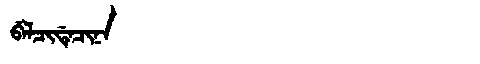
Manchu: ᠪᡝᠯᠴᡳᡩᡝᠴᡳᠨᠠ
Romanization: BELCIDECINA